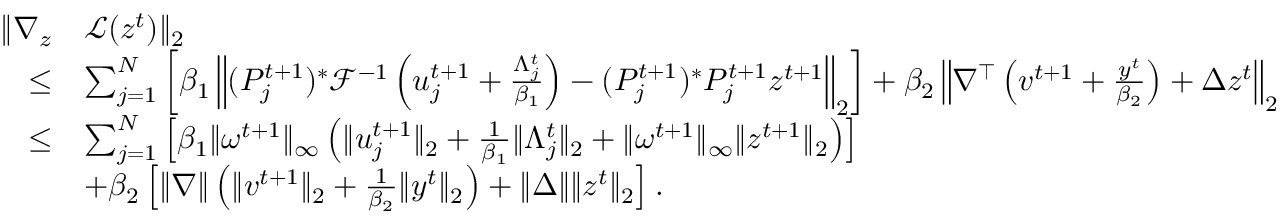
\begin{array} { r l } { \| \nabla _ { z } } & { \mathcal { L } ( z ^ { t } ) \| _ { 2 } } \\ { \leq } & { \sum _ { j = 1 } ^ { N } \left[ \beta _ { 1 } \left\| ( P _ { j } ^ { t + 1 } ) ^ { * } \mathcal { F } ^ { - 1 } \left( u _ { j } ^ { t + 1 } + \frac { \Lambda _ { j } ^ { t } } { \beta _ { 1 } } \right) - ( P _ { j } ^ { t + 1 } ) ^ { * } P _ { j } ^ { t + 1 } z ^ { t + 1 } \right\| _ { 2 } \right] + \beta _ { 2 } \left\| \nabla ^ { \top } \left( v ^ { t + 1 } + \frac { y ^ { t } } { \beta _ { 2 } } \right) + \Delta z ^ { t } \right\| _ { 2 } } \\ { \leq } & { \sum _ { j = 1 } ^ { N } \left[ \beta _ { 1 } \| \omega ^ { t + 1 } \| _ { \infty } \left( \| u _ { j } ^ { t + 1 } \| _ { 2 } + \frac { 1 } { \beta _ { 1 } } \| \Lambda _ { j } ^ { t } \| _ { 2 } + \| \omega ^ { t + 1 } \| _ { \infty } \| z ^ { t + 1 } \| _ { 2 } \right) \right] } \\ & { + \beta _ { 2 } \left[ \| \nabla \| \left( \| v ^ { t + 1 } \| _ { 2 } + \frac { 1 } { \beta _ { 2 } } \| y ^ { t } \| _ { 2 } \right) + \| \Delta \| \| z ^ { t } \| _ { 2 } \right] . } \end{array}